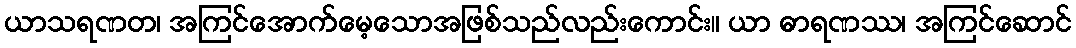
ယာသရဏတ၊ အကြင်အောက်မေ့သောအဖြစ်သည်လည်းကောင်း။ ယာ ဓာရဏဿ၊ အကြင်ဆောင်